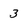
Character: 3